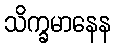
သိက္ခမာနေန